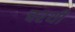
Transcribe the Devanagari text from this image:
चरथी